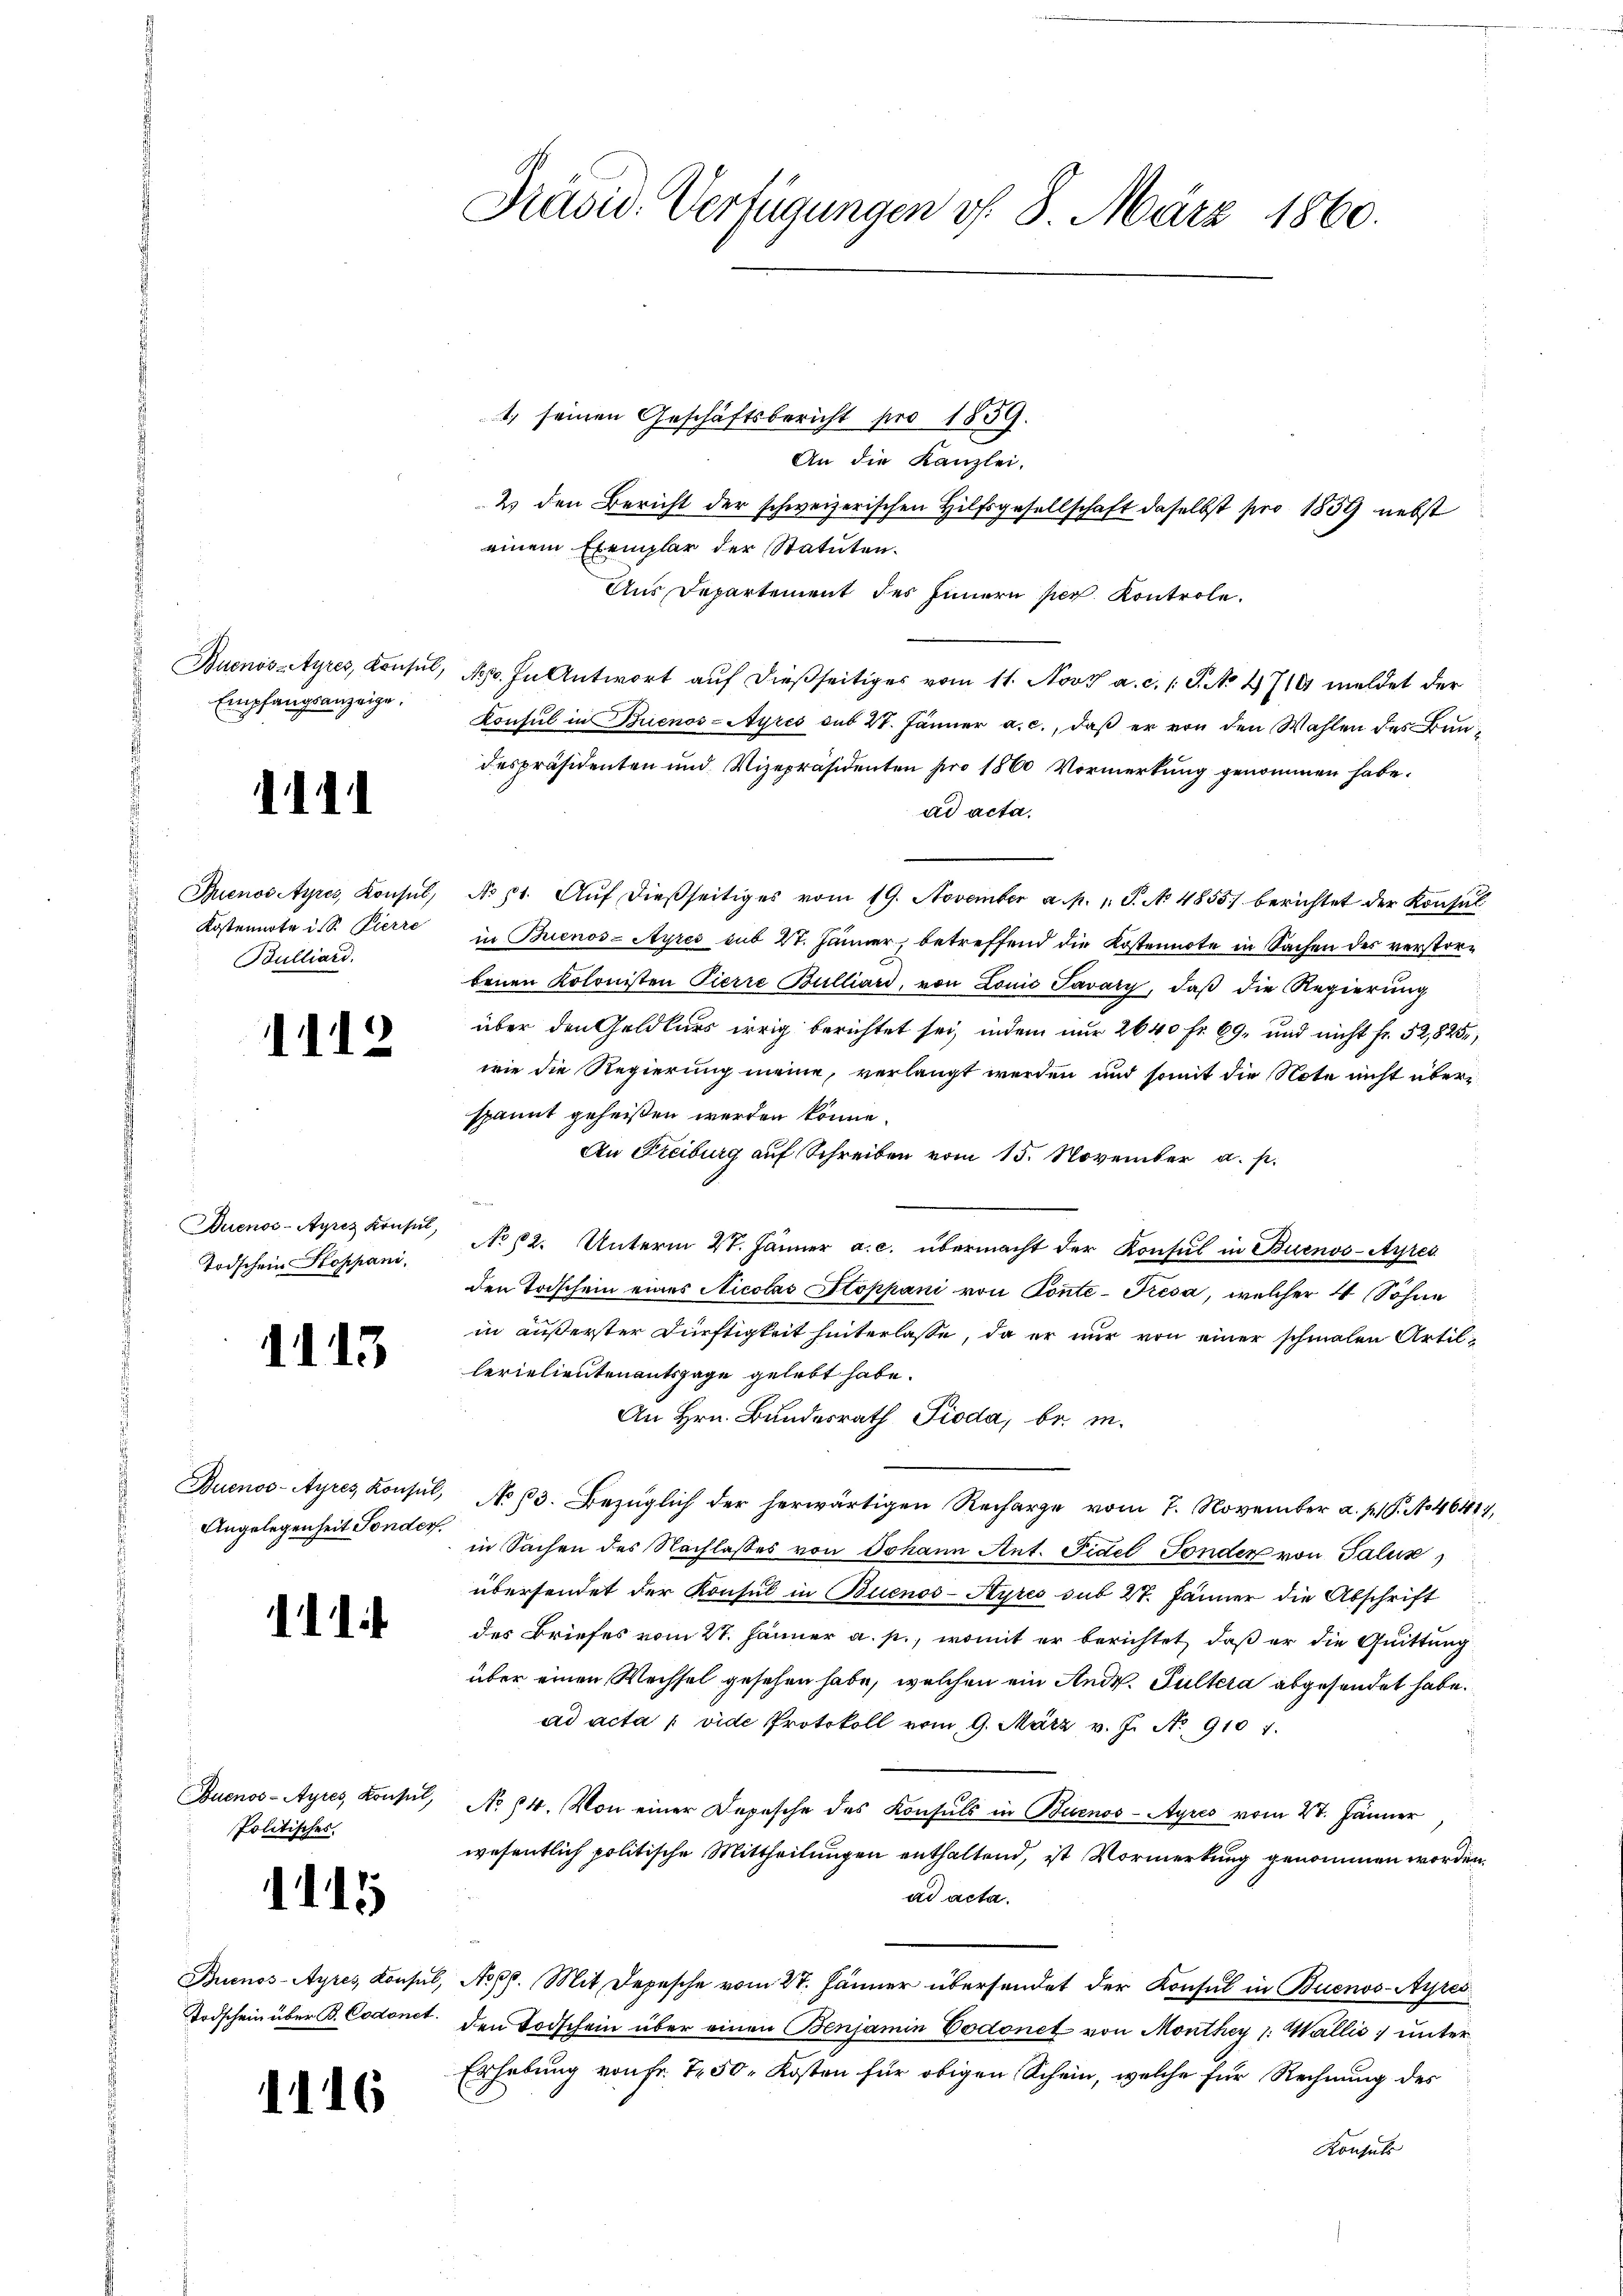
Buenos-Ayres, Konsul,
Empfangsanzeige.

1111

Buenos Ayres, Konsul,
Kostennote in S. Pierre
Bulliard.

1112

Auenos-Ayres Krusel,
Todschein Stoppani.

1113

Buenos-Ayres, Konsul,
Angelegenheit Sonder.

1

Buenos-Ayres Konsul,
Politisches

1115

Buenos-Ayres, Konsul
Todschein über B. Codonet.

1116

Präsid. Verfügungen v. 8. März 1860.

1. seinen Geschäftsbericht pro 1859.
An die Kanzlei.
2) den Bericht der schweizerischen Hilfsgesellschaft daselbst pro 1859 nebst
einem Exemplar der Statuten.
Aus Departement des Innern per. Kontrole.
Nepo. In Antwort auf dießseitiges vom 11. Nov. a. c. 1 S. No 4710 meldet der
Konsul in Buenos-Ayres sub 27. Jänner a. c., daß er von den Wahlen des Bundespräsidenten und Vizepräsidenten pro 1860 Vormerkung genommen habe.
ad acta.
No 11. Auf dießseitiges vom 19. November a. p. 1. P. No 4855) berichtet der Konsul
in Buenos-Ayres sub 27. Jänner, betreffend die Kostennote in Sachen des verstorbenen Kolonisten Pierre Bulliard, von Lonić Javary, daβ die Regierung
über den Geldkurs irrig berichtet sei, indem nur 2640 Fr. 69, und nicht fr. 52,825,
wie die Regierung meine, verlangt werden und somit die Note nicht überspannt geheißen werden könne.
An Freiburg auf Schreiben vom 15. November a. p.
No 62. Unterm 27. Jänner a. c. übermacht der Konsul in Buenos-Ayres
den Todschein eines Nicolas Stoppani von Ponte-Fresa, welcher 4 Söhne
in äußerster Dürftigkeit hinterlasse, da er nur von einer schmalen Artil
lerielientenantsgage gelebt habe.
An Hrn. Bundesrath Pioda, bei m
e
No 63. Bezüglich der herwärtigen Recharge vom 7. November a. p. P. No 4641
in Sachen des Nachlasses von Johann Ant. Fidel Fonder von Talen,
übersendet der Konsul in Buenos-Ayres sub 27. Jänner die Abschrift
des Briefes vom 27. Jänner a. p., womit er berichtet, daß er die Quittung
über einen Wechsel gesehen habe, welchen ein Andr. Fultera abgesendet habe.
ad acta vide Protokoll vom 9. März v. J. No. 9101.
No 14. Von einer Depesche des Konsuls in Buenos-Ayres vom 27. Jänner
wesentlich politische Mittheilungen enthaltend, ist Vormerkung genommen worden,
ad acta.
Nor pp. Mit Depesche vom 27. Jänner übersendet der Konsul in Buenos-Ayres
den Todschein über einen Benjamin Vodonet von Monthey 1: Wallis, unter
Erhebung von Fr. 750. Kosten für obigen Schein, welche für Rechnung des
Konsuls